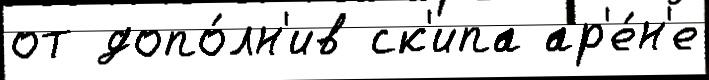
от допо́лн'ив ск'ипа ар'е́н'е